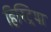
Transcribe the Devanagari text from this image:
हिस्ट्रिया